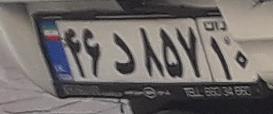
۴۶د۸۵۷۱۰